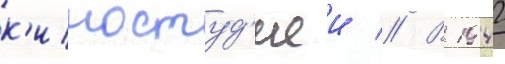
к'иностуд'иеи // В 1942